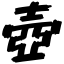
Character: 壺